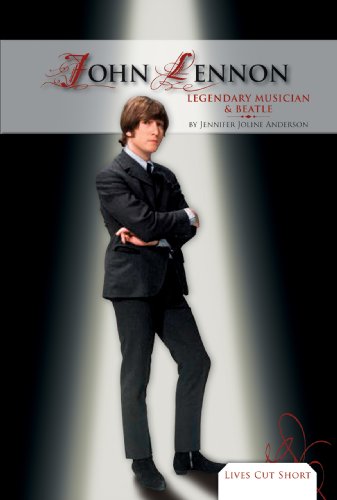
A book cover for John Lennon: Legendary Musician & Beatle (Lives Cut Short); Jennifer Joline Anderson; Teen & Young Adult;